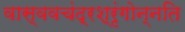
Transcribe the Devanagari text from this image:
वास्ववचंद्रश्रृंगोन्नति